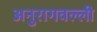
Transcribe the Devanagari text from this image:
अनुरागवल्ली